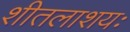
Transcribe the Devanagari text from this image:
शीतलाशयः